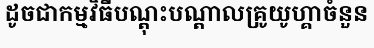
ដូចជាកម្មវិធីបណ្តុះបណ្តាលគ្រូយូហ្គាចំនួន